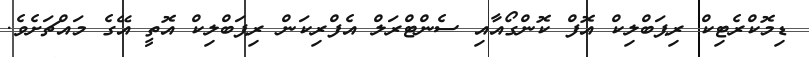
ޑިމޮކްރެޓިކް ރިޕަބްލިކް އޮފް ކޮންގޯއާއި ސެންޓްރަލް އެފްރިކަން ރިޕަބްލިކް އޮތީ އޭގެ މައްޗަށެވެ.